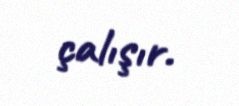
çalışır.